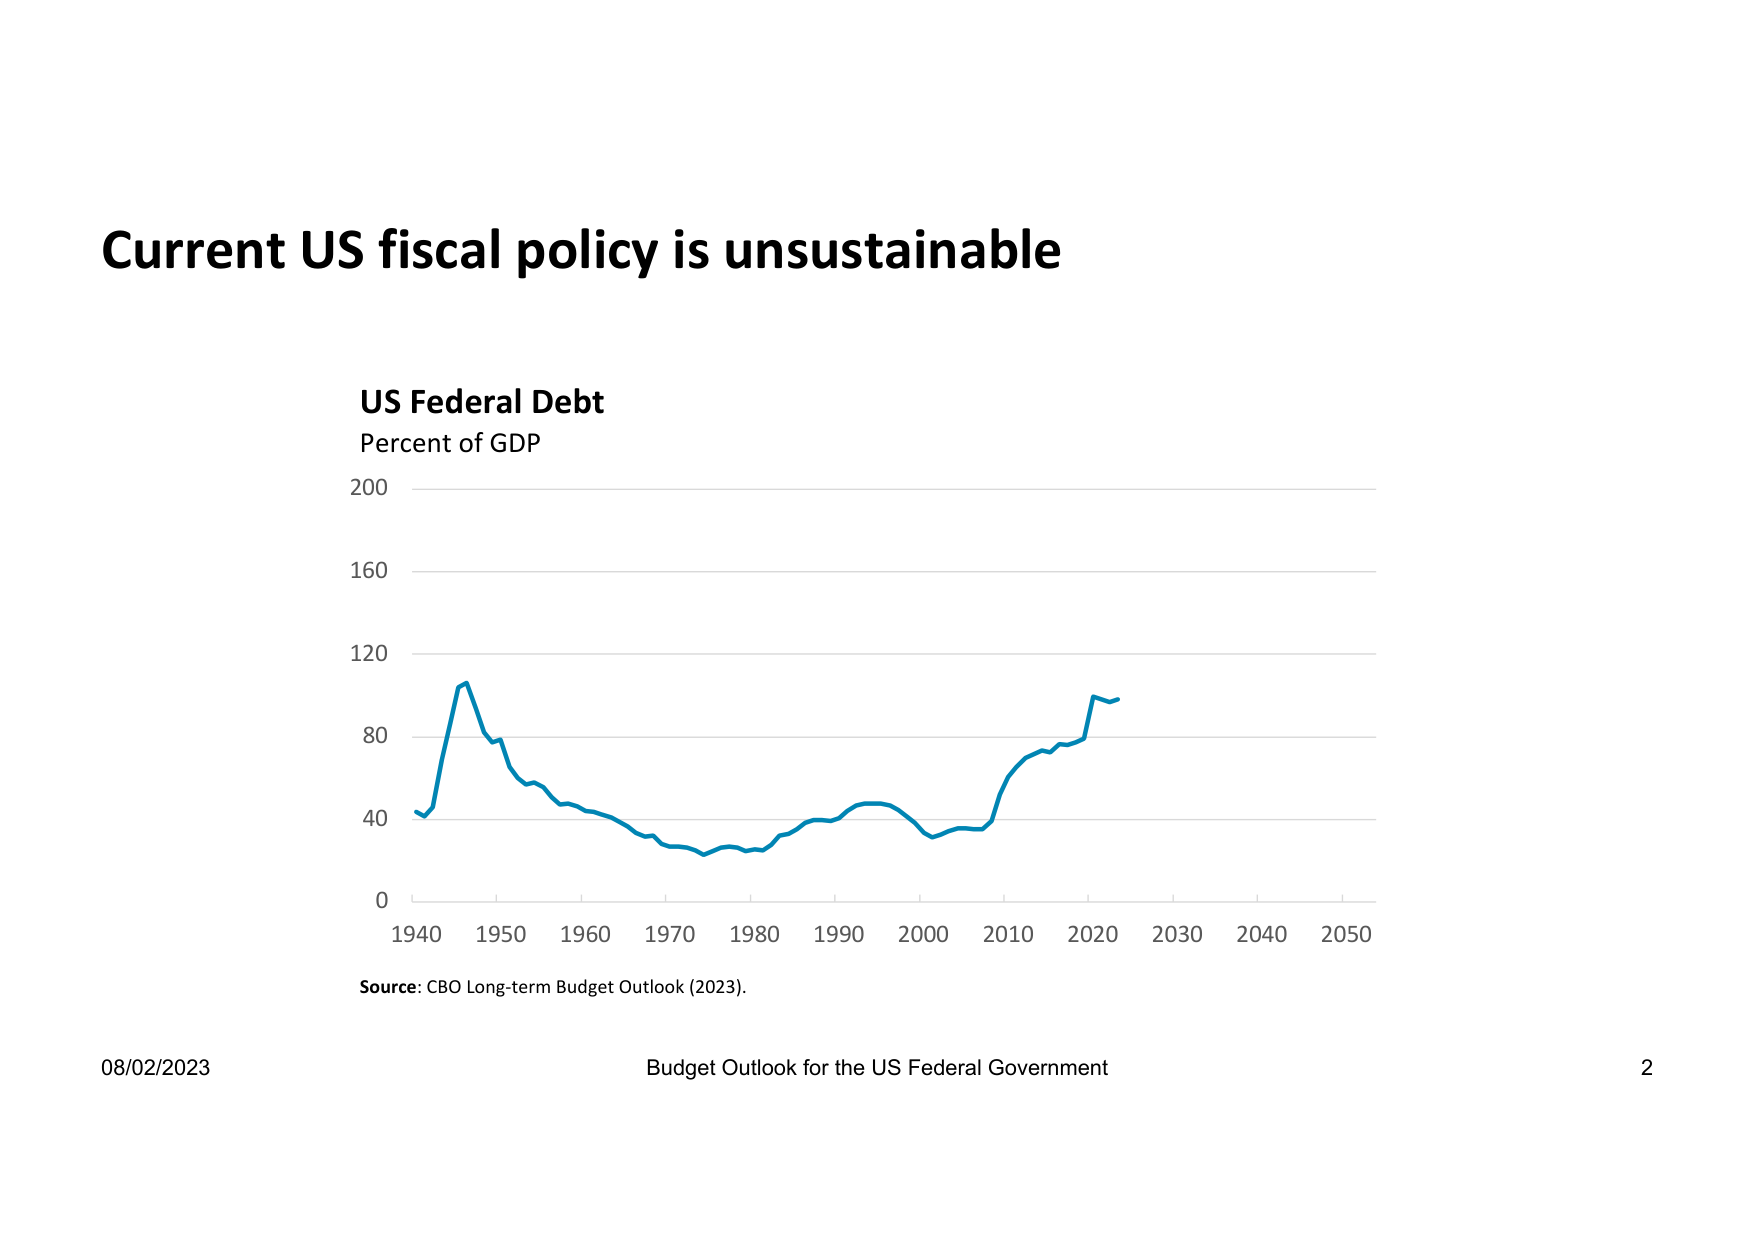
Current US fiscal policy is unsustainable

US Federal Debt
Percent of GDP
200
160
120
80
40
0
1940 1950 1960 1970 1980 1990 2000 2010 2020 2030 2040 2050
Source: CBO Long-term Budget Outlook (2023).

08/02/2023
Budget Outlook for the US Federal Government
2